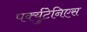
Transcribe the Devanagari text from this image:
पर्क्युटेनिएस